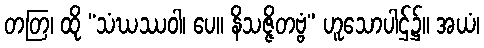
တတြ၊ ထို “သံဃဿဝါ၊ ပေ။ နိသဇ္ဇိတဗ္ဗံ” ဟူသောပါဌ်၌။ အယံ၊